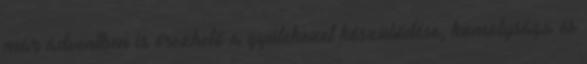
már ádventben is érezhető a gyülekezet készülődése, komolysága és